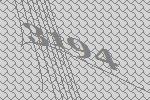
3194